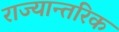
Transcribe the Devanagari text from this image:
राज्यान्तरिक